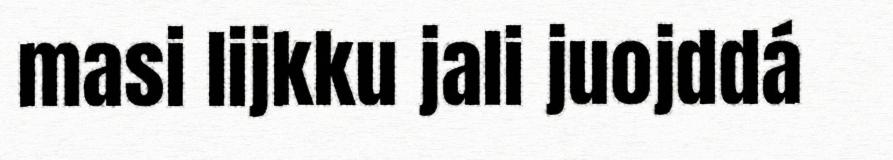
masi lijkku jali juojddá